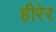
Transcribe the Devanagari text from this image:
हीरेर